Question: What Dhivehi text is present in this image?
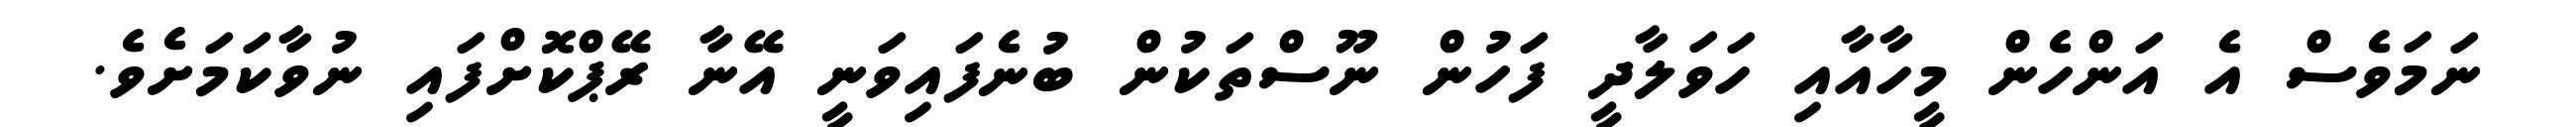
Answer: ނަމަވެސް އެ އަންހެން މީހާއާއި ހަވަލާދީ ފަހުން ނޫސްތަކުން ބުނެފައިވަނީ އޭނާ ރޭޕްކޮށްފައި ނުވާކަމަށެވެ.